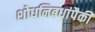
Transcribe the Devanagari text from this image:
शोधनिबधांपैकी